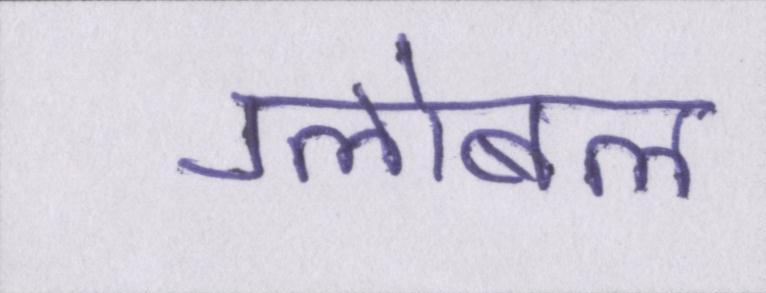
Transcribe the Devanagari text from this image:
ग्लोबल